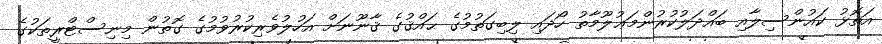
އަތޮޅު ކައުންސިލާއި ބައްދަލުކުރުންމަޢުލޫމާތު ހޯދައި ލިބިގަތުމުގެ ޙައްޤުގެ ޤާނޫނަށް އަހުލުވެރިކުރުވުމުގެ ގޮތުން މިނިސްޓްރީތަކުގެ